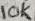
Text: 10K